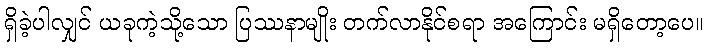
ရှိခဲ့ပါလျှင် ယခုကဲ့သို့သော ပြဿနာမျိုး တက်လာနိုင်စရာ အကြောင်း မရှိတော့ပေ။